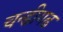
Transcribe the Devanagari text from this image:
चन्डीगढ